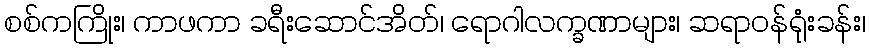
စစ်ကကြိုး၊ ကာဖကာ ခရီးဆောင်အိတ်၊ ရောဂါလက္ခဏာများ၊ ဆရာဝန်ရုံးခန်း၊